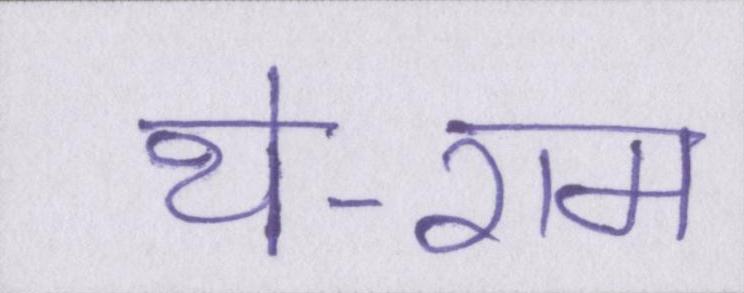
थे-राम